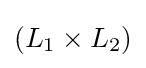
(L_{1}\times L_{2})